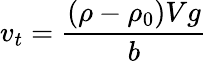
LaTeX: \mathbf{}v_{t}={\frac{(\rho-\rho_{0})Vg}{b}}